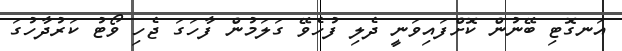
އަނގޮޓި ބޭނުން ކޮށްފައިވަނީ ދެލި ފުހެވޭ ގަލަމުން ފާހަގަ ޖެހި ވޯޓު ކަރުދާހުގަ